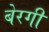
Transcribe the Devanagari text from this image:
बेरगी